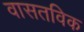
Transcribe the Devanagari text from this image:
वासतविक